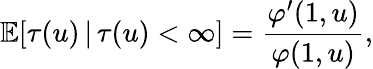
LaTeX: \mathbb{E}[\tau(u)\, |\, \tau(u)<\infty]=\frac{\varphi^{\prime}(1,u)}{\varphi(1,u)},